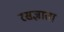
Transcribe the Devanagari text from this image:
रसज्ञाता